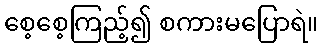
စေ့စေ့ကြည့်၍ စကားမပြောရဲ။